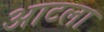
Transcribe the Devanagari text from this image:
आटला